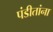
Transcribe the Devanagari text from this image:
पंडीतांना